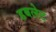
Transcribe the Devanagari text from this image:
डबलेट